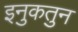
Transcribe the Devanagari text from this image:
इनुकतुन